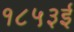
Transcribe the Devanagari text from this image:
१८५३ई